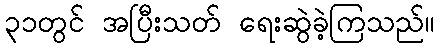
၃၁တွင် အပြီးသတ် ရေးဆွဲခဲ့ကြသည်။